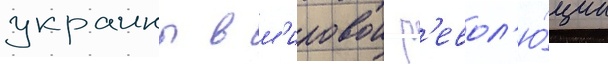
украины в м'ировои р'евол'ю́ции